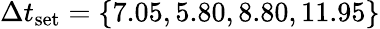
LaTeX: \Delta t_{\textrm{set}}=\{ 7.05,5.80,8.80,11.95\}